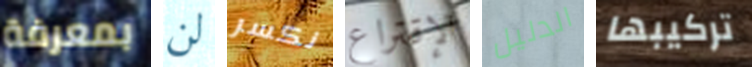
بمعرفة لن نكسر الإقتراع الدليل تركيبها